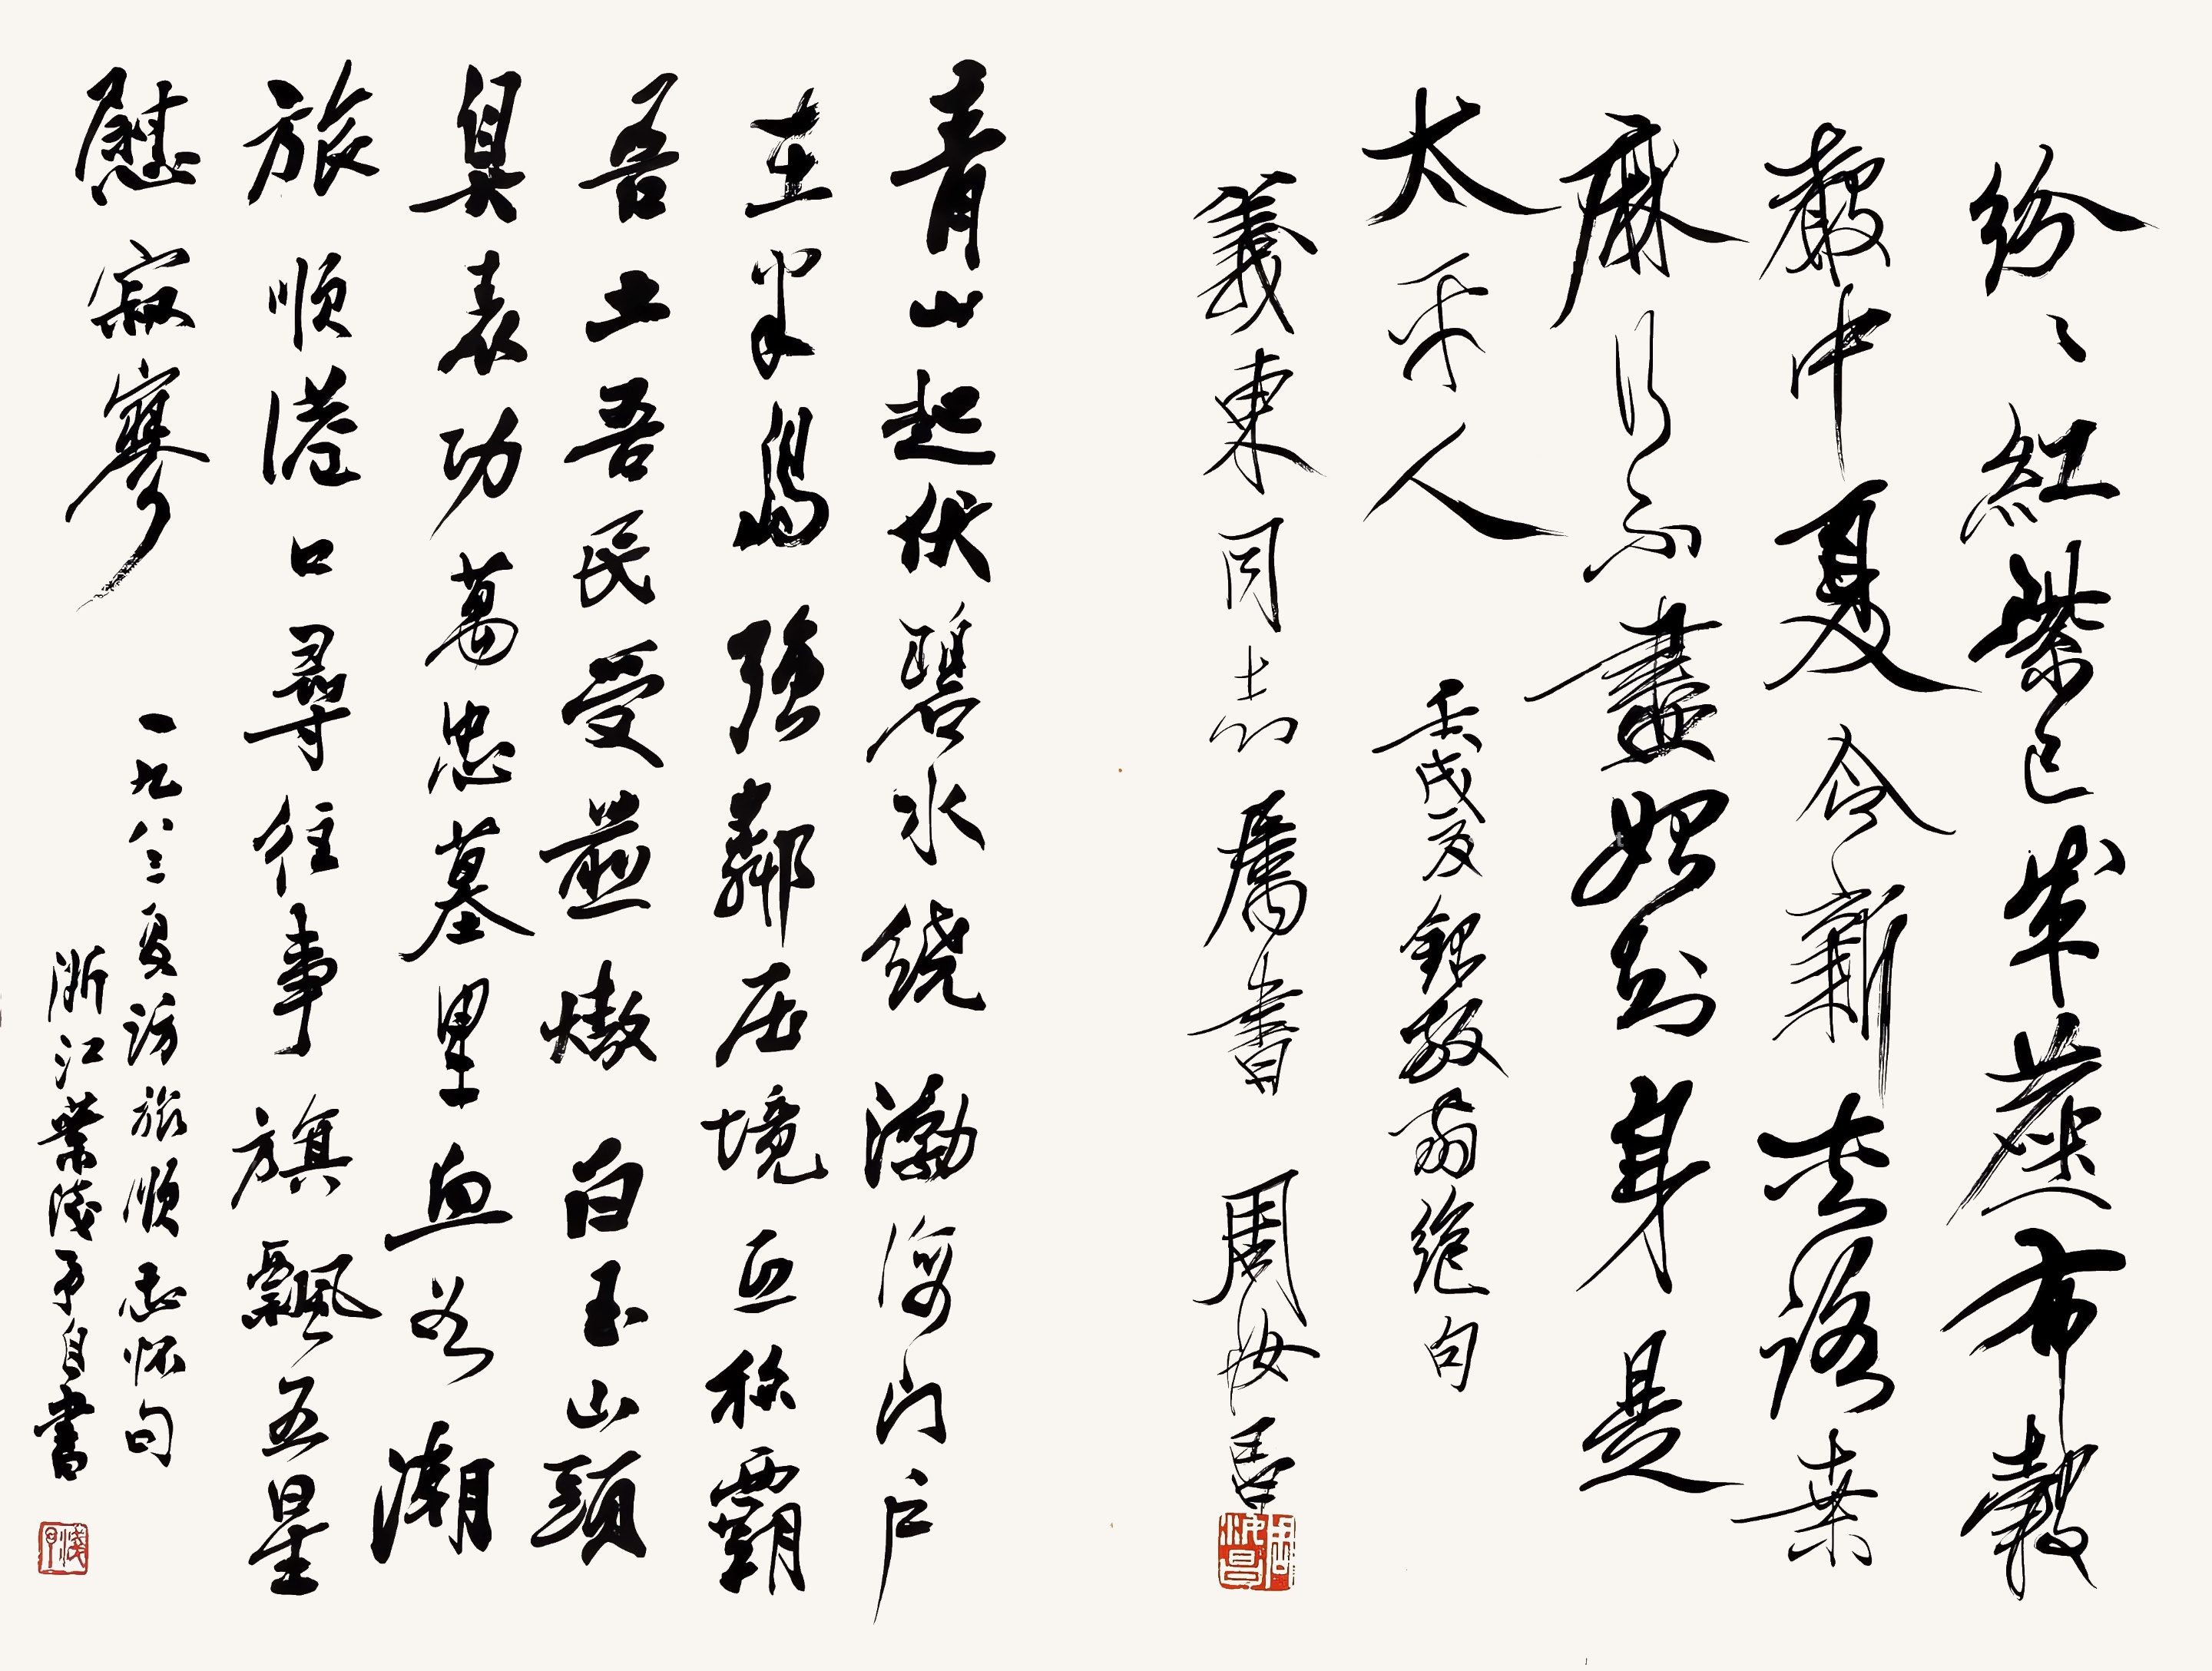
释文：青山起伏碧水绕，渤海门户在半岛。强邻压境互称霸，吾土吾民受煎熬。白玉山头臭表功，万忠墓里血如潮。旅顺港口寻往事，旗飘五星慰寂寥。
纷纷红紫已成尘，布谷声中夏令新。夹路桑麻行不尽，始知身是太平人。1.一九八三夏访旅顺感怀句，浙江叶浅予自书。钤印：浅予
2.壬戌夏录放翁绝句。义东同志属书。周汝昌。钤印：周汝昌